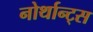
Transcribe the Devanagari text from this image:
नोर्थान्ट्स